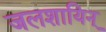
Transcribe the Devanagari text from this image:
जलशायिन्